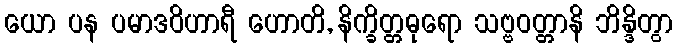
ယော ပန ပမာဒဝိဟာရီ ဟောတိ, နိက္ခိတ္တဓုရော သဗ္ဗဝတ္တာနိ ဘိန္ဒိတွာ